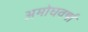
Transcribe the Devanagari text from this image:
अमोघवर्षा